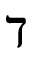
\daleth